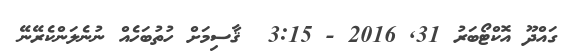
ގައްދޫ އޮކްޓޯބަރު 31